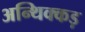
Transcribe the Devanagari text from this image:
अन्थिक्कड़